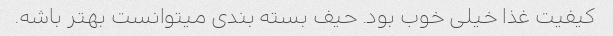
کیفیت غذا خیلی خوب بود. حیف بسته بندی میتوانست بهتر باشه.